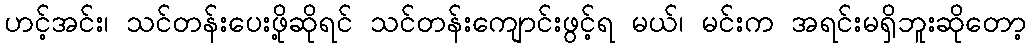
ဟင့်အင်း၊ သင်တန်းပေးဖို့ဆိုရင် သင်တန်းကျောင်းဖွင့်ရ မယ်၊ မင်းက အရင်းမရှိဘူးဆိုတော့